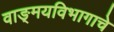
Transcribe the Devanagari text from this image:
वाङ्‌मयविभागाचे